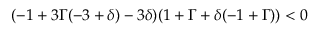
( - 1 + 3 \Gamma ( - 3 + \delta ) - 3 \delta ) ( 1 + \Gamma + \delta ( - 1 + \Gamma ) ) < 0